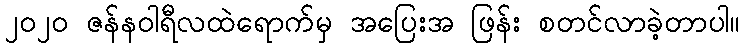
၂၀၂ဝ ဇန်နဝါရီလထဲရောက်မှ အပြေးအ ဖြန်း စတင်လာခဲ့တာပါ။